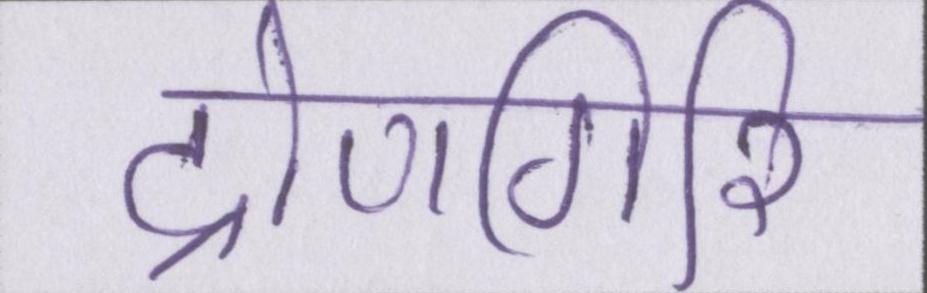
द्रोणगिरि